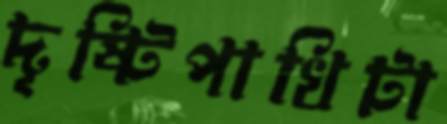
দৃষ্টিপাখিটা